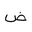
Letter: _dad